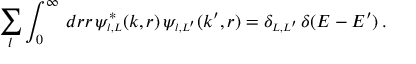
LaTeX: \sum _ { l } \int _ { 0 } ^ { \infty } \, d r r \, \psi _ { \scriptscriptstyle { l , L } } ^ { \ast } ( k , r ) \, \psi _ { \scriptscriptstyle { l , L ^ { \prime } } } ( k ^ { \prime } , r ) = \delta _ { \scriptscriptstyle { L , L ^ { \prime } } } \, \delta ( E - E ^ { \prime } ) \, .